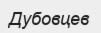
Дубовцев